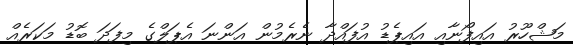
މަޝްހޫރު އައިފޯނާއި އައިޕެޑު އުފައްދާ ނެރެމުން އަންނަ އެޕަލްގެ މިފަދަ ބޮޑު މަކަރެއް